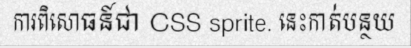
ការពិសោធន៍ជា CSS sprite. នេះកាត់បន្ថយ